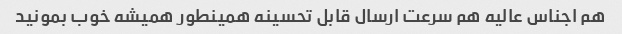
هم اجناس عالیه هم سرعت ارسال قابل تحسینه همینطور همیشه خوب بمونید